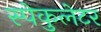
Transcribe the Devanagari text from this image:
स्पेकुलेटर